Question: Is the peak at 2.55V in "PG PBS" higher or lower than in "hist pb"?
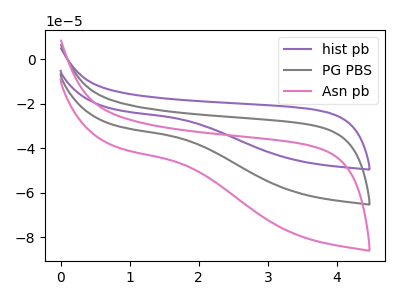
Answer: <think>The purple curve "hist pb" has no peaks. The gray curve "PG PBS" has no peaks. The pink curve "Asn pb" has no peaks.</think>
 <answer>"PG PBS" and "hist pb" dont share a peak at 2.55V.</answer>
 <eval>mismatch</eval>